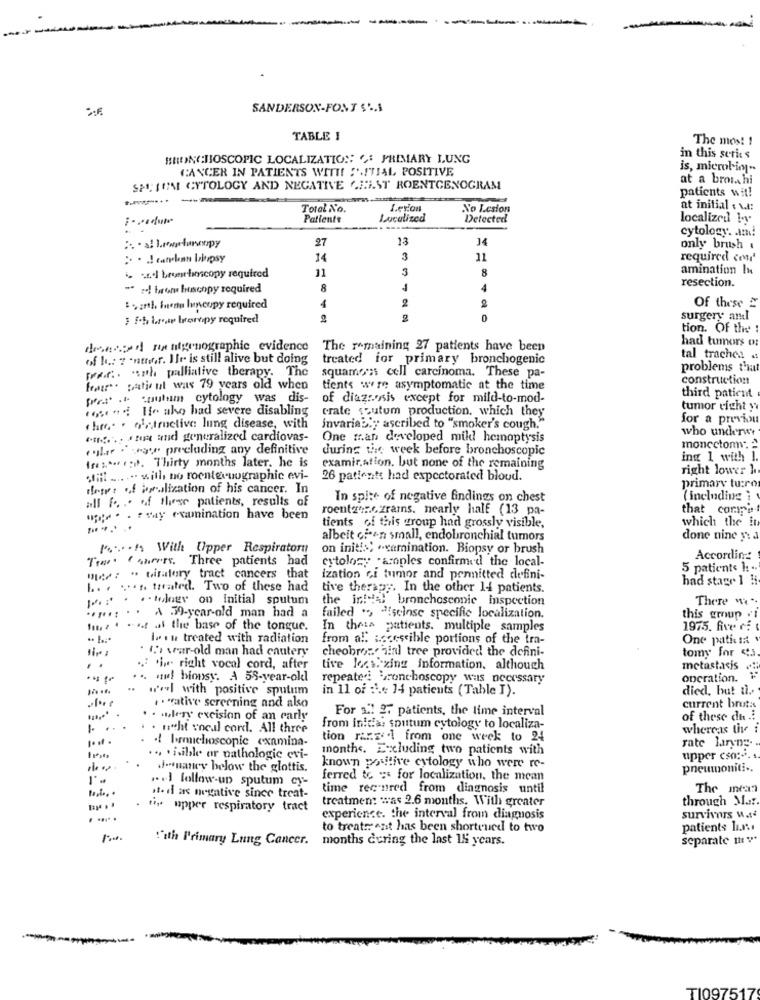
SANDERSON-FONT $4,1
TABLE I
The mos! !
BRONCHIOSCOPIC LOCALIZATION: " PRIMARY LUNG
in this series
CANCER IN PATIENTS WITH :'ITIAL POSITIVE
is, microliny ..
at a bronchi
SP; IOMI CYTOLOGY AND NEGATIVE CHIST ROENTCENOGRAM
patients wit!
Total No.
Letion
No Lesion
at initial . v.t:
Patients
Localized
Detected
localized !v
cytology. . am!
27
13
only brush .
14
3
11
required con
4 al brorbimcopy required
11
3
8
amination h
resection.
- se! brons buscopy required
8
4
2
Of these 2
1.zrtl, fuenu huncopy required
4
3 f.h brede bornpy required
2
0
surgery andl
tion. Of the
had tumors or
desecond rentgenographic evidence
The remaining 27 patients have been
of h .: 7 -nmor. Ile is still alive but doing
treated for primary bronchogenic
tal trache: «
part. . smh palliative therapy. The
squamo'ss cell carcinoma. These pa-
problems that
construction
four. paticul was 79 years old when
tients were asymptomatic at the time
pers .o. cnulum cytology was dis-
of diagnosis except for mild-to-mod-
third patient
rose . Ife ako had severe disabling
crate sputum production, which they
tumor right y
for a previn
" hre. . ol, truelive lung disease, with
invariably ascribed to "smoker's cough."
who underet
" .. in ad generalized cardiovas-
One man developed mild hemaptysis
cular . rose precluding any definitive
during the week before bronchoscopic
ing 1 with 1.
In :*. co. Thirty months later. he is
examir.ation, but none of the remaining
right lower l
afHt .... ... with no roentevuographic evi-
26 patients had expectorated bloud.
primary turo
drops of jonalization of his cancer. In
.... of these patients, results of
In spite of negative findings on chest
( including }
roentzes.czrams. nearly half (13 pa-
that corpo
up ;. . . ceny euunination have been
which the in
tients of this group had grossly visible,
albeit ofeen small, endobronchial tumors
done nine y a
Moron With Upper Respiratory
on init !: ) .xamination. Biopsy or brush
Two. Cancers. Three patients had
cytology .aroples confirmed the local-
According
5 patients 1: ..
mee : " biratory tract cancers that
ization Gi tumor and pennitted defini-
had stage 1 1
h .. ... treated. Two of these had
tive therapy. In the other 14 patients.
[" . "tag on initial sputum
the int tal bronchosconic inspection
There "".
. . . A .39-year-old man had a
failed ", "seinse specific localization.
this group
hm. 1 -4 al the base of the tongue.
In these patients. multiple samples
1975. five ri
lit treated with radiation
from all accessible portions of the tra-
One patient
. (.) var-old man had cautery
cheobron ain tree provided the defini-
tomy for 43
..
. he right vocal cord, after
live kocsizing information. although
metastasis
... mul biopsy. A 55-year-old
repeated bronchoscopy was necessary
operation. "
..
wol with positive sputum
in 11 of :\ .: 14 patients (Table I).
died, but ti ..
.. "ative screening and also
For 2. 2. patients, the lime interval
current brut:s
. . .. lery excision of an early
of these du .i
. n"ht vocal cord. All three
from inicia: sputum cytology to localiza-
whereas tive i
tion razze from one week to 24
rate laryng ..
. .. brmichoscopic examina-
months. Excluding two patients with
.. . isible or pathologic evi-
upper cso:".
.- nancy below the glottis.
known positive cytology who were re-
pneumoniti ..
".] follow-up sputum cy-
ferred to : for localization. the mean
time rec-nred from diagnosis until
The mean
·t· d ans negative since treat-
treatmen: was 2.6 months. With greater
through M ....
ti. upper respiratory tract
....
experience. the interval from diagnosis
survivors w ...
to treatr enit has been shortened to two
patients In.n ..
!"ith P'rimary Lung Cancer. months during the last 14 years.
separate mv
T1097517